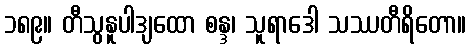
၁၈၉။ တီသွနူပါဒျထော စန္ဒ၊ သူရာဒေါ သဿတီရိတော။